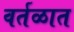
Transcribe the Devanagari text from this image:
वर्तळात